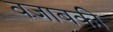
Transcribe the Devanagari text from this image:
वजाबकी